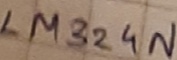
Text: LM324N